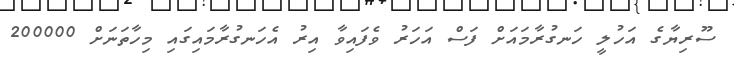
ސޫރިޔާގެ އަހުލީ ހަނގުރާމައަށް ފަސް އަހަރު ވެފައިވާ އިރު އެހަނގުރާމައިގައި މިހާތަނަށް 200000